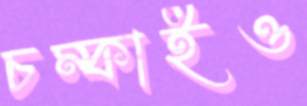
চম্‌কাইও